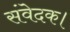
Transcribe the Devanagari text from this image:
संवेदक।